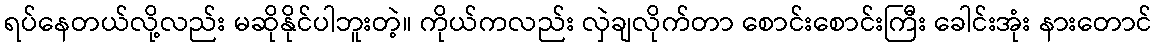
ရပ်နေတယ်လို့လည်း မဆိုနိုင်ပါဘူးတဲ့။ ကိုယ်ကလည်း လှဲချလိုက်တာ စောင်းစောင်းကြီး ခေါင်းအုံး နားတောင်